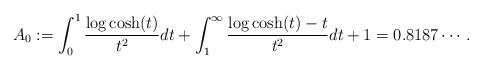
LaTeX: \begin{align*}A_0:= \int_0^1\frac{\log\cosh(t)}{t^2}dt + \int_1^{\infty}\frac{\log\cosh(t)-t}{t^2}dt+1=0.8187\cdots.\end{align*}